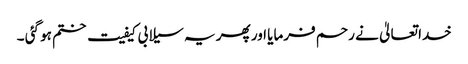
خدا تعالیٰ نے رحم فرمایا اور پھر یہ سیلابی کیفیت ختم ہو گئی ۔